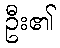
ဦး၏